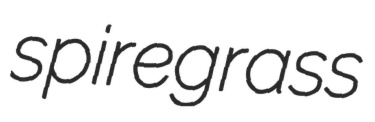
spiregrass